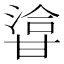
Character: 㽏